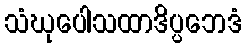
သံဃုပေါသထာဒိပ္ပဘေဒံ